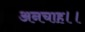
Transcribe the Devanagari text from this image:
अनचाह।।